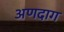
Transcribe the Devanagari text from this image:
अणदाग